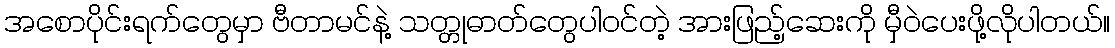
အစောပိုင်းရက်တွေမှာ ဗီတာမင်နဲ့ သတ္တုဓာတ်တွေပါဝင်တဲ့ အားဖြည့်ဆေးကို မှီဝဲပေးဖို့လိုပါတယ်။